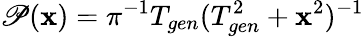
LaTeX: \mathscr{P}(\mathbf{x})=\pi^{-1}T_{gen}(T_{gen}^{2}+\mathbf{x}^{2})^{-1}